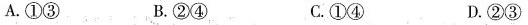
A.①③ B.②④ C.①④ D.②③